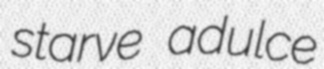
starve adulce